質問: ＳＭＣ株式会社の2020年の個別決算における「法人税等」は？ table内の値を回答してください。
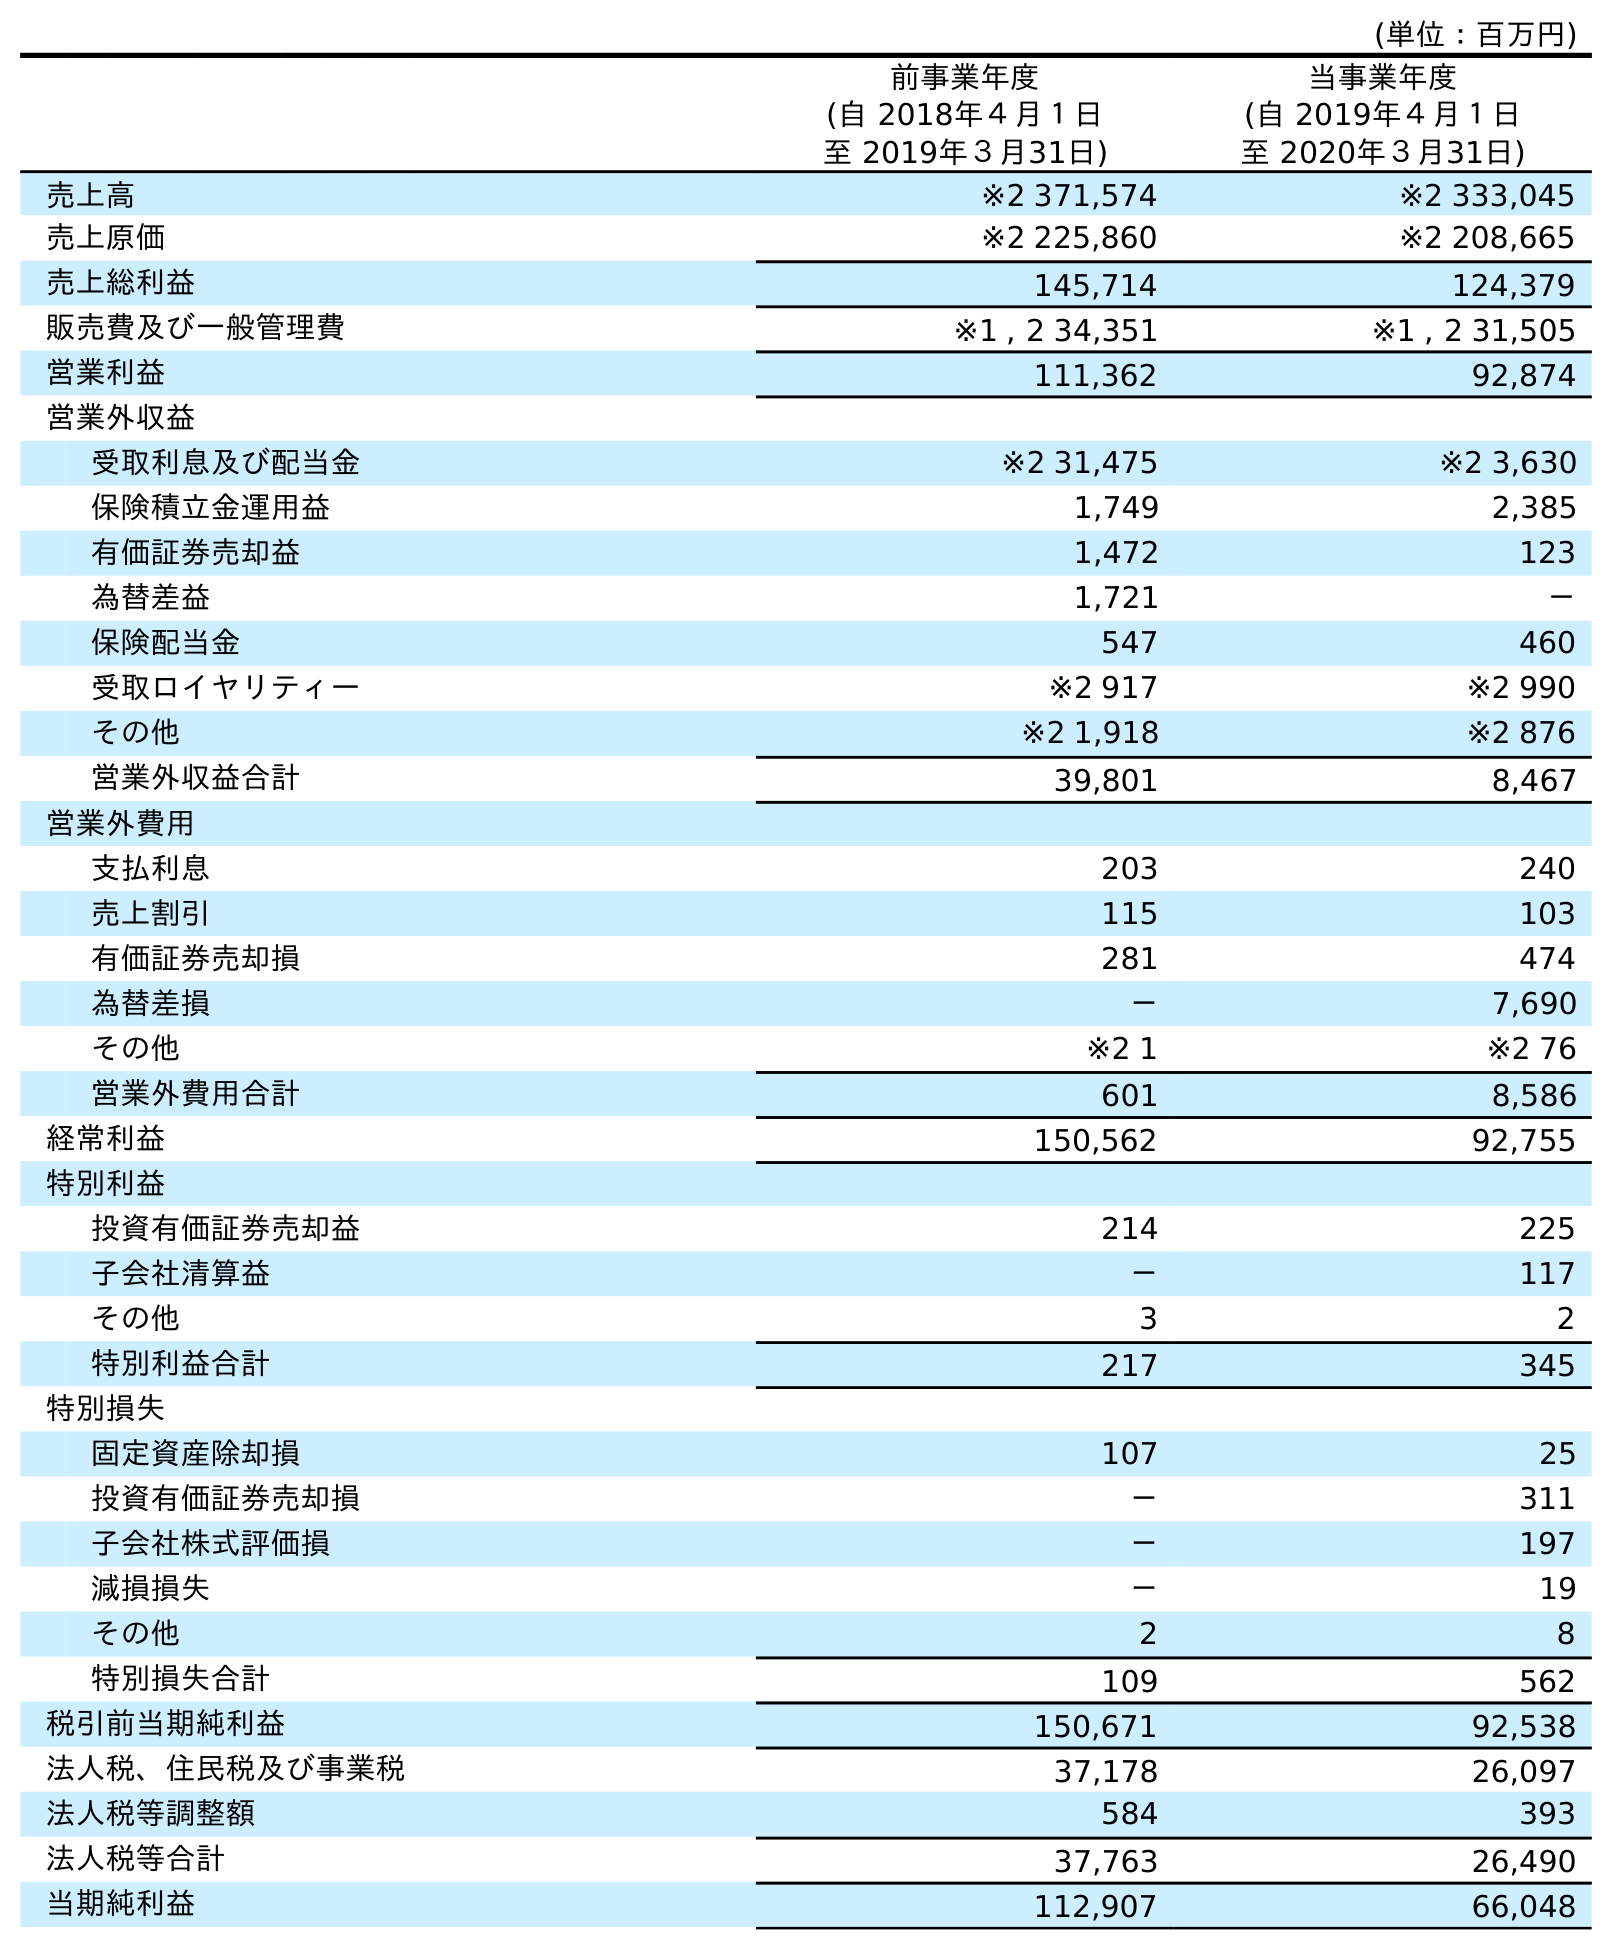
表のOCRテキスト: (単位：百万円) 前事業年度 (自 2018年４月１日 至 2019年３月31日) 当事業年度 (自 2019年４月１日 至 2020年３月31日) 売上高 ※2 371,574 ※2 333,045 売上原価 ※2 225,860 ※2 208,665 売上総利益 145,714 124,379 販売費及び一般管理費 ※1 , 2 34,351 ※1 , 2 31,505 営業利益 111,362 92,874 営業外収益 受取利息及び配当金 ※2 31,475 ※2 3,630 保険積立金運用益 1,749 2,385 有価証券売却益 1,472 123 為替差益 1,721 － 保険配当金 547 460 受取ロイヤリティー ※2 917 ※2 990 その他 ※2 1,918 ※2 876 営業外収益合計 39,801 8,467 営業外費用 支払利息 203 240 売上割引 115 103 有価証券売却損 281 474 為替差損 － 7,690 その他 ※2 1 ※2 76 営業外費用合計 601 8,586 経常利益 150,562 92,755 特別利益 投資有価証券売却益 214 225 子会社清算益 － 117 その他 3 2 特別利益合計 217 345 特別損失 固定資産除却損 107 25 投資有価証券売却損 － 311 子会社株式評価損 － 197 減損損失 － 19 その他 2 8 特別損失合計 109 562 税引前当期純利益 150,671 92,538 法人税、住民税及び事業税 37,178 26,097 法人税等調整額 584 393 法人税等合計 37,763 26,490 当期純利益 112,907 66,048
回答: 26,490